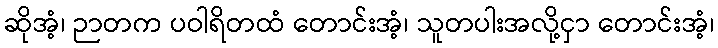
ဆိုအံ့၊ ဉာတက ပဝါရိတထံ တောင်းအံ့၊ သူတပါးအလို့ငှာ တောင်းအံ့၊